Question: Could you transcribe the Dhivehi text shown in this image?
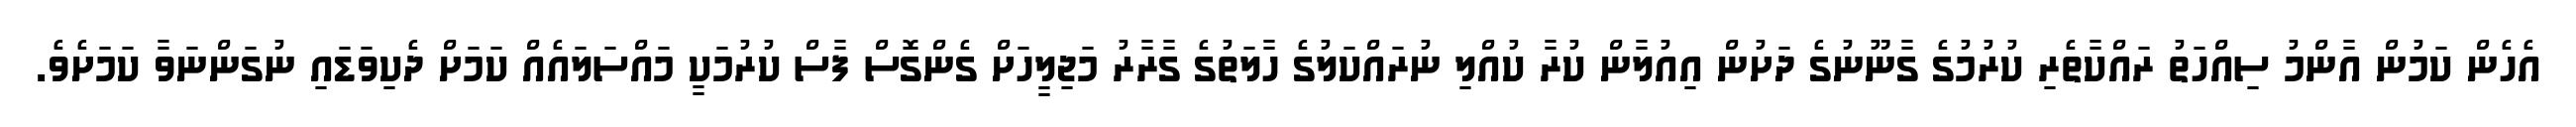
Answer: އެހެން ކަމުން އާންމު ސިއްހަތު ރައްކާތެރި ކުރުމުގެ ގާނޫނުގެ ދަށުން އިއުލާން ކުރާ ކުއްލި ނުރައްކަލުގެ ހާލަތުގެ ގާރާރު މަޖިލީހަށް ގެންގޮސް ފާސް ކުރުމަކީ މައްސަލައެއް ކަމަށް ދެކިވަޑައި ނުގަންނަވާ ކަމަށެވެ.